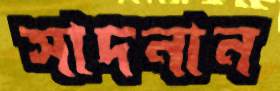
সাদনান